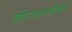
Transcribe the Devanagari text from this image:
जीएचएनपीसीए